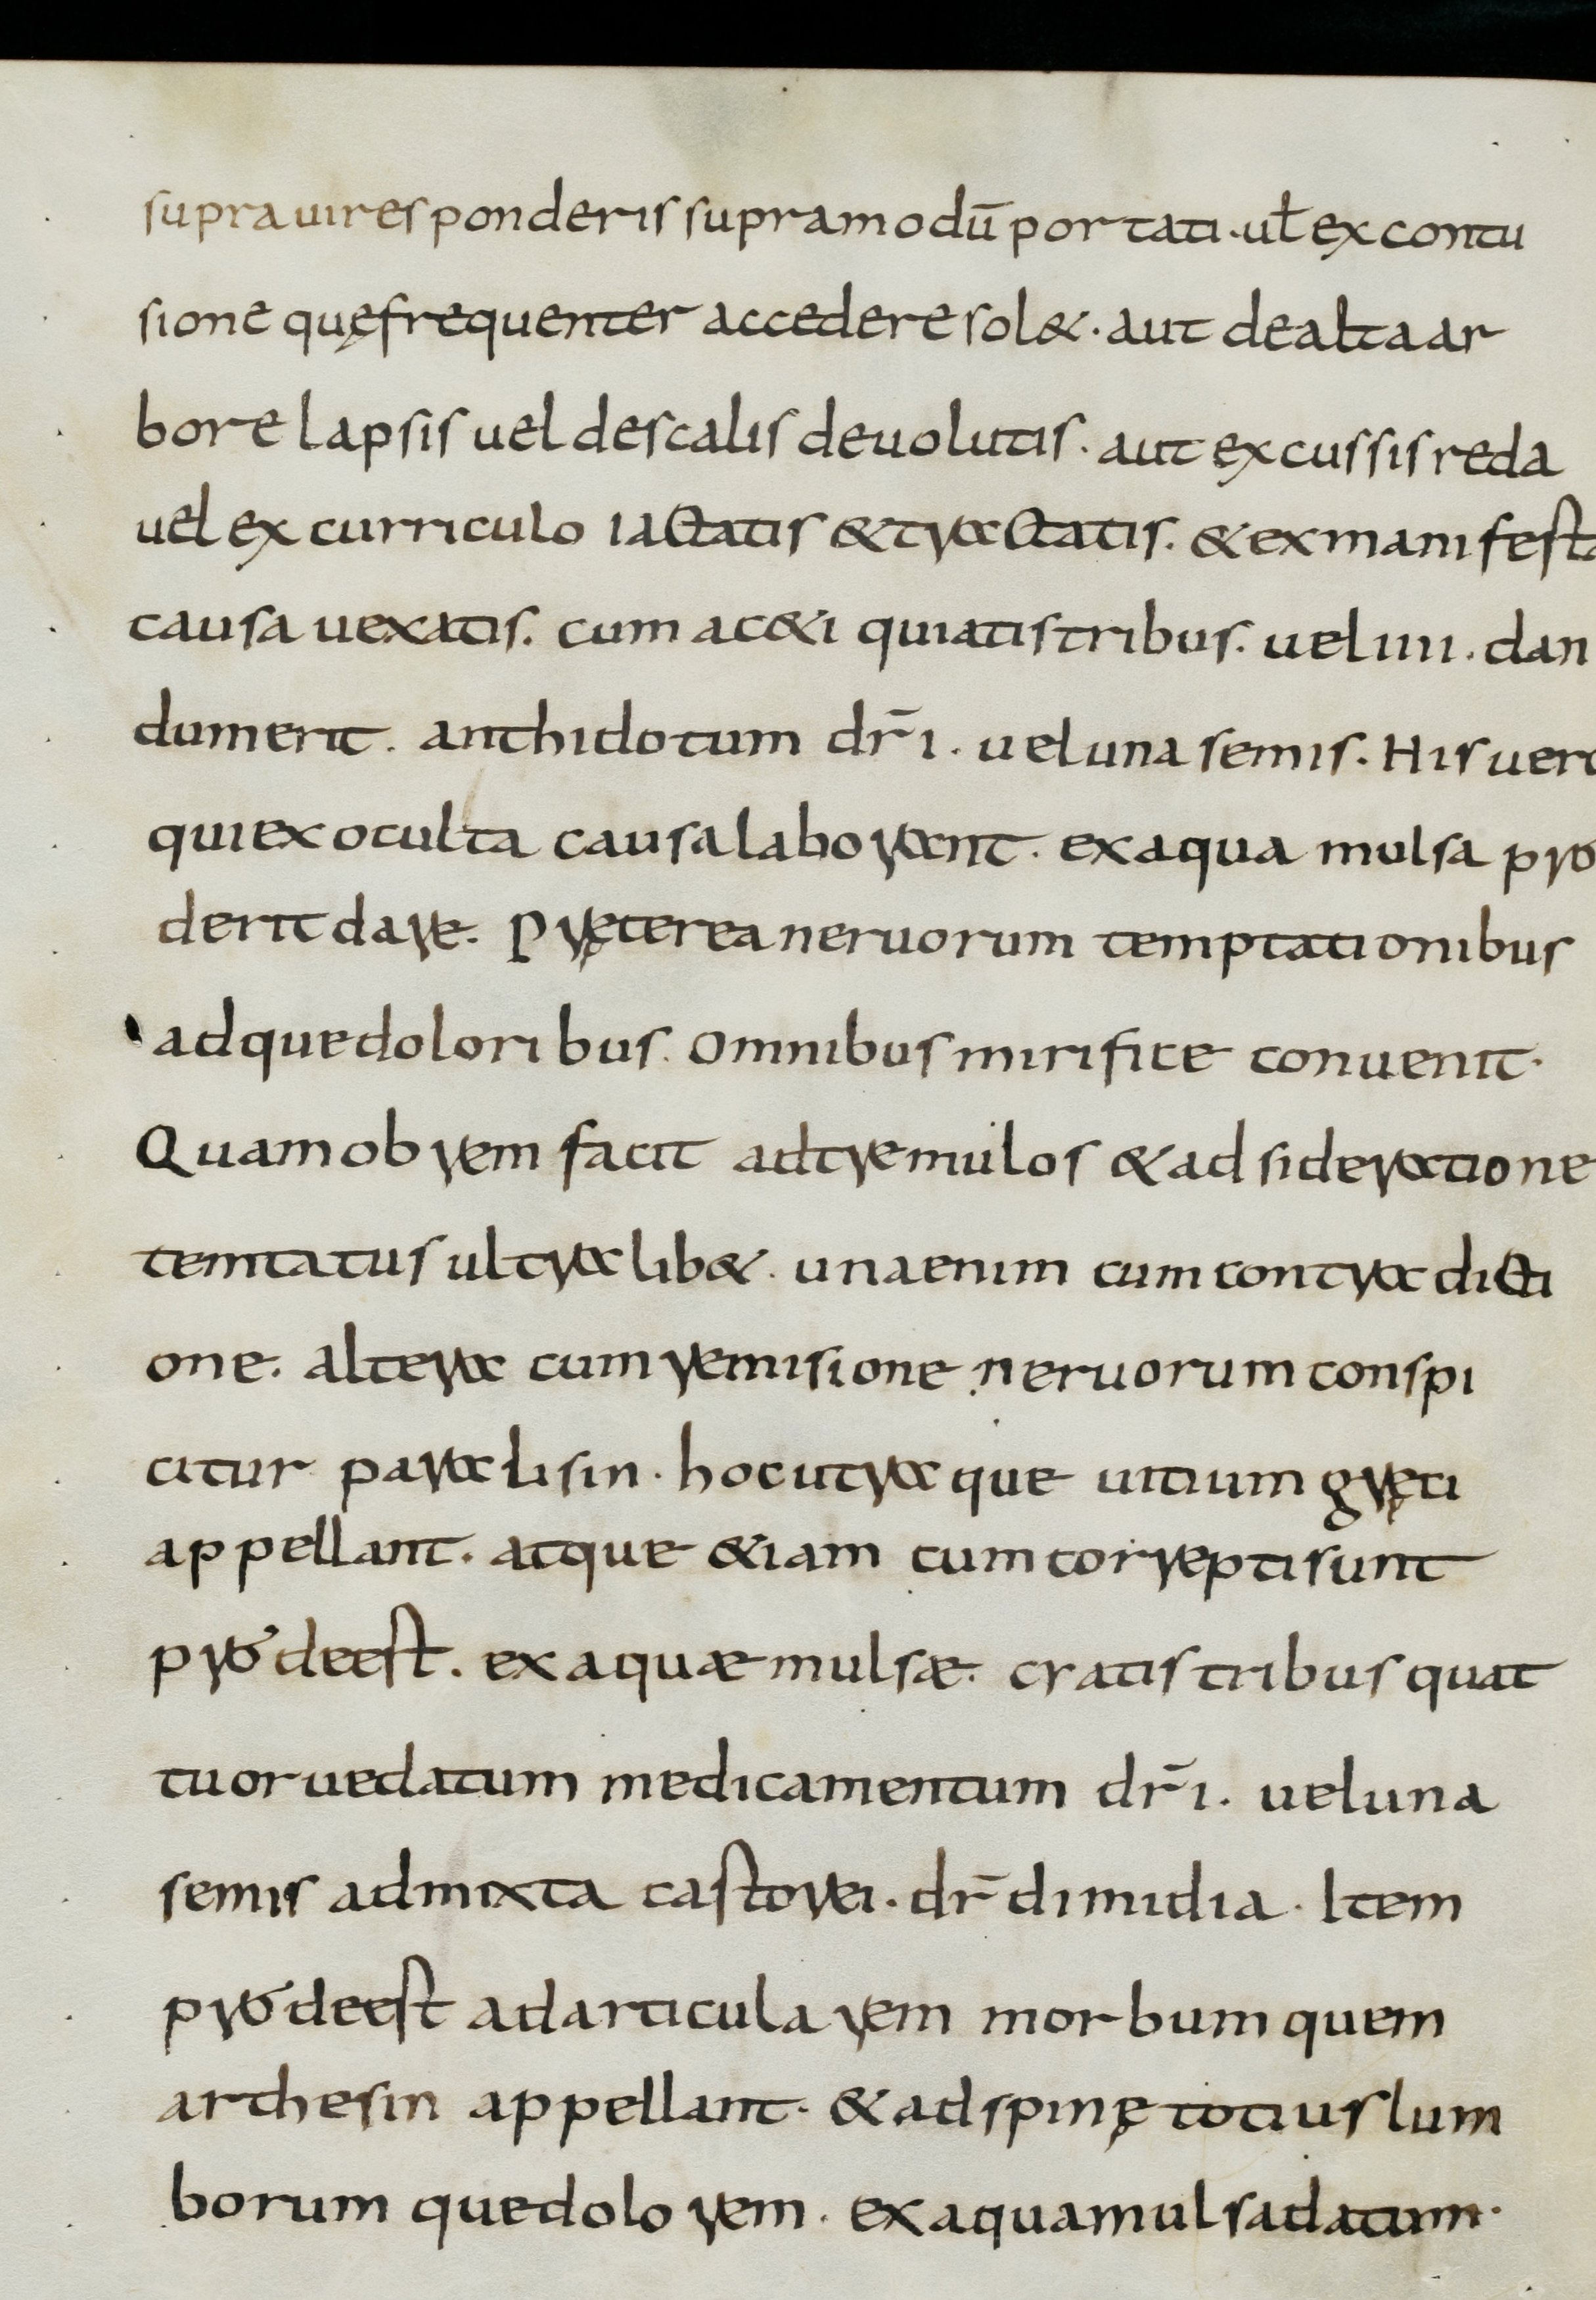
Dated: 800–849